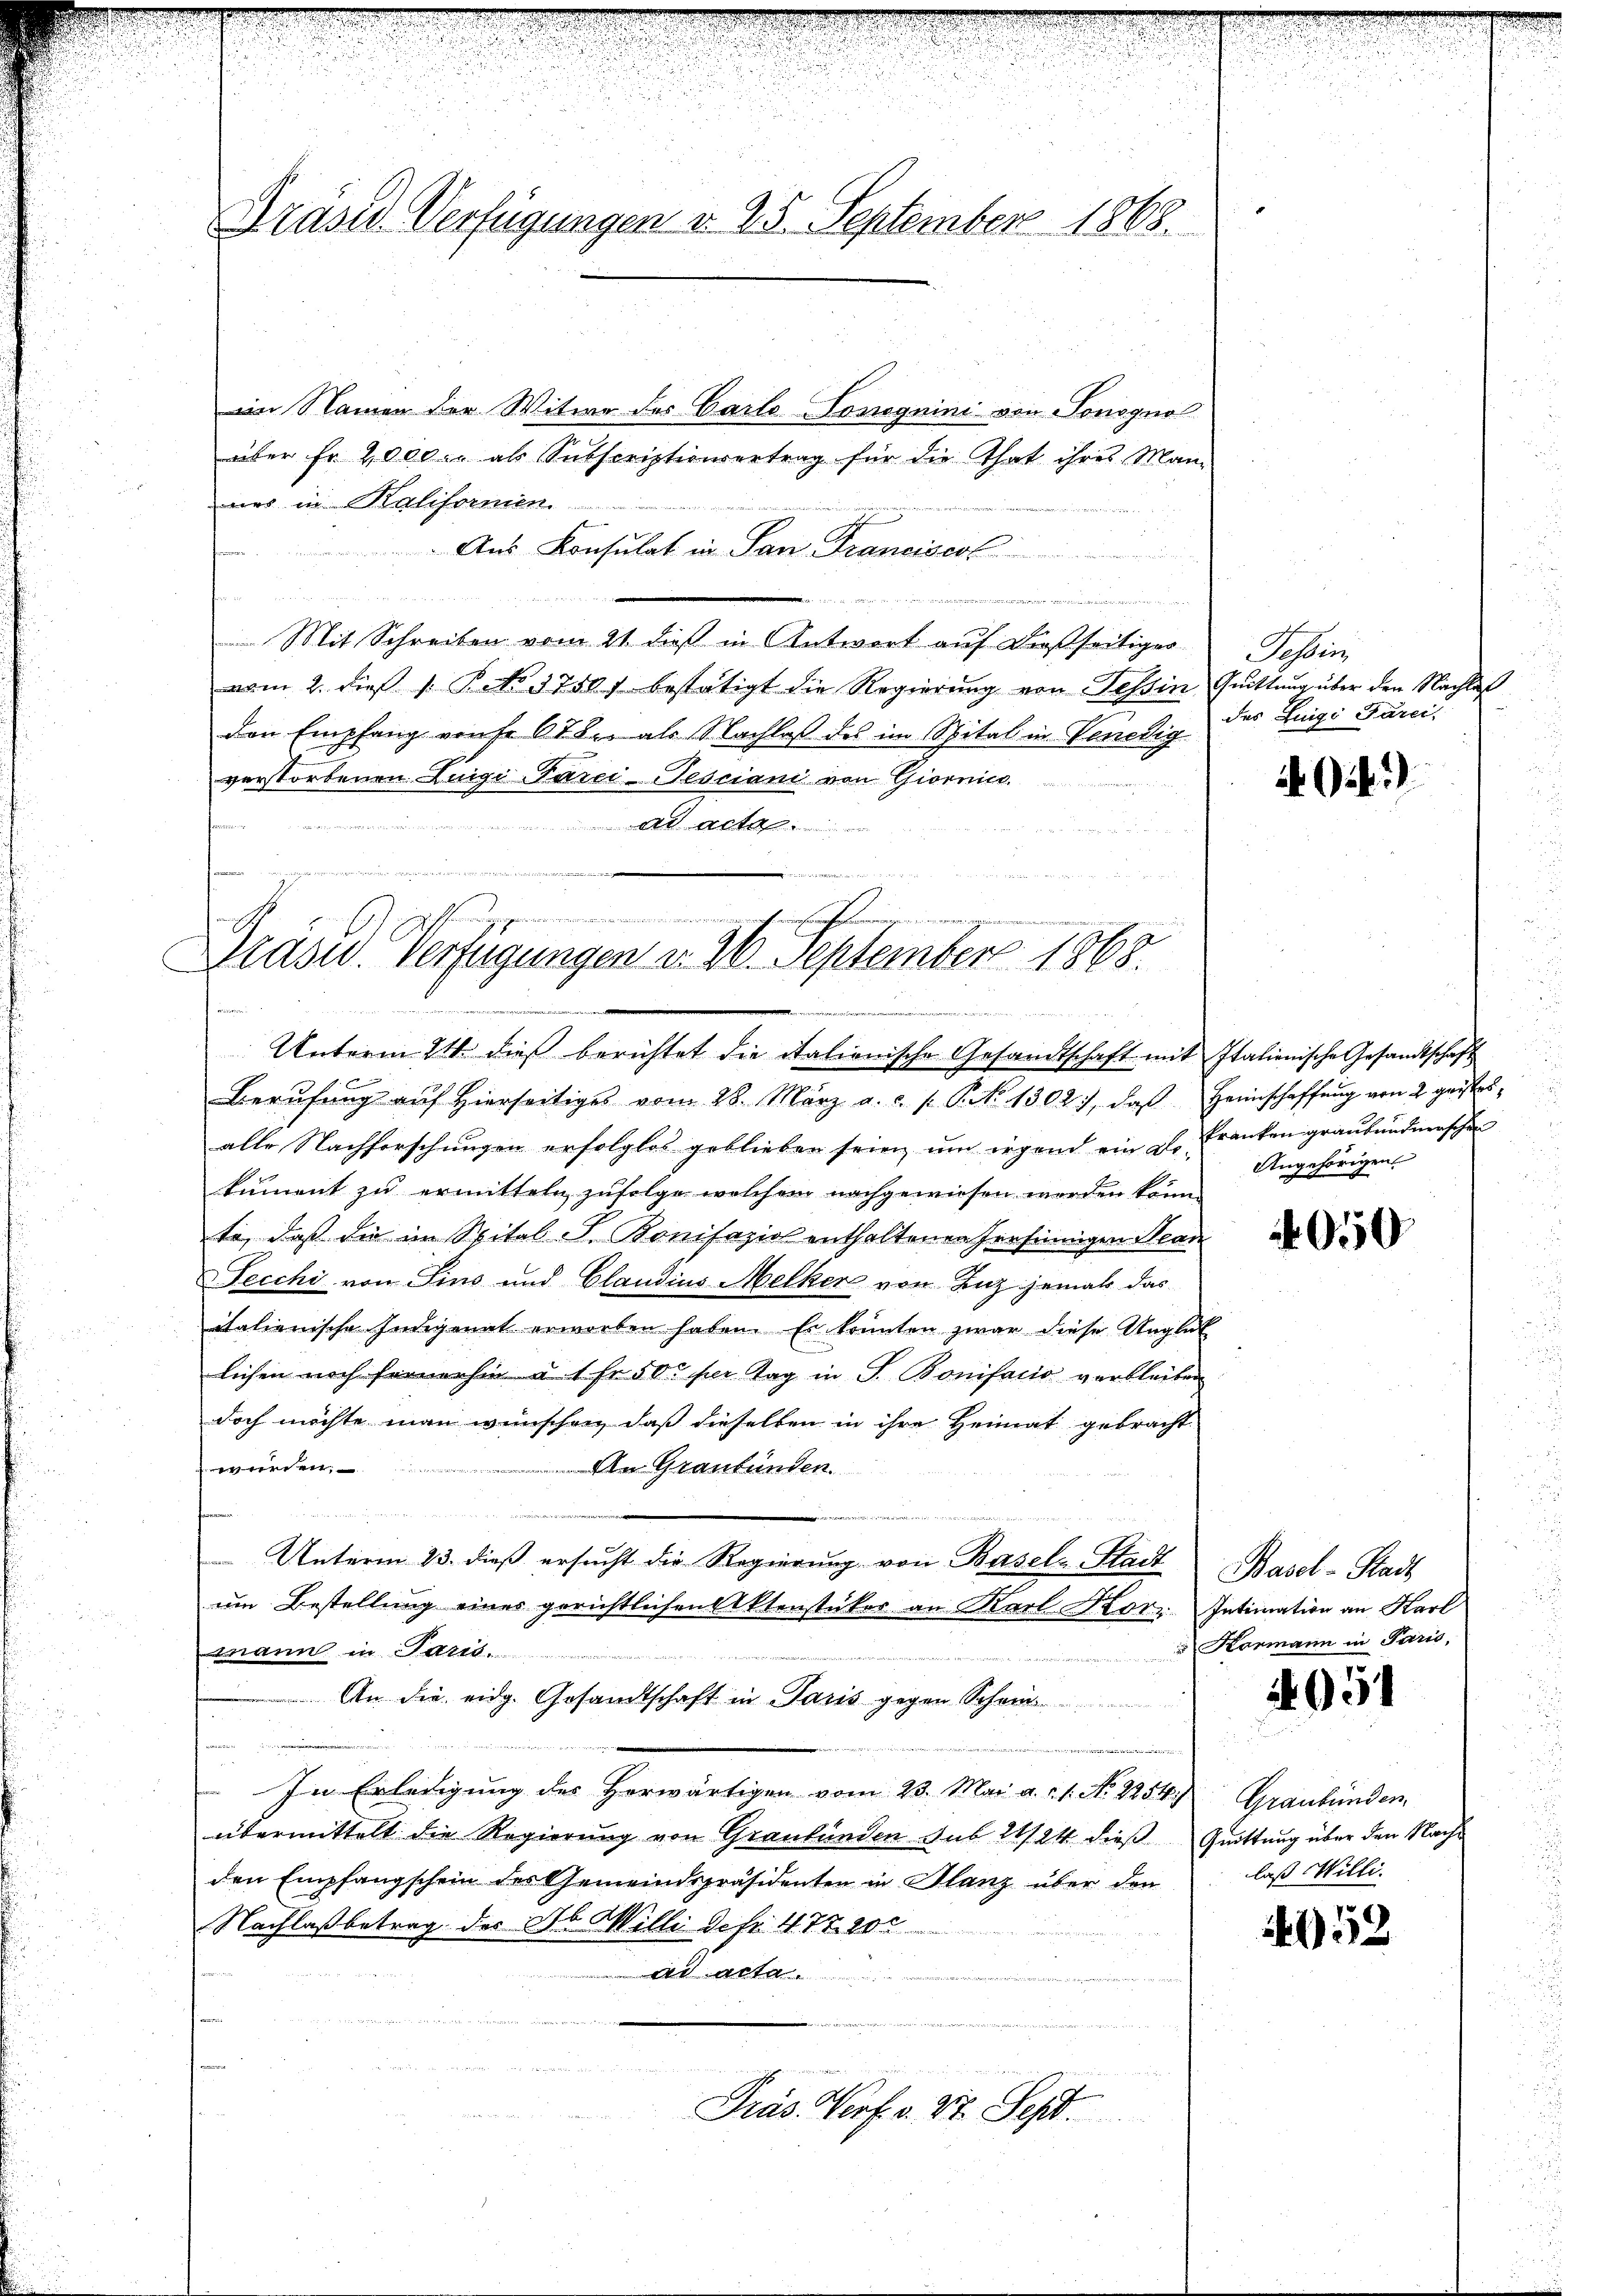
Drüser Verfügungen v. 25. September 1868.

im Namen der Witwe des Carlo-Tonoguini von Sonogno
über Fr. 2,000 c. als Subscriptionsvertrag für die That ihres Man-
nes in Kaliformen.
Aus Konsulat in San Franciscol

Mit Schreiben vom 21. dieß in Antwort auf dießseitiger
vom 2. die 1. No. 37507 bestätigt die Regierŭng von Tessin Quittung über den Nachlaf
den Empfang verhe 678. als Nachlaß des im Spital in Venedig
verstorbenen Luigi Parci-Tesciani von Giornic

Ad Acta
ises Miter
.
e
Präsid. Verfügungen v. 26. September 1868.

Unterm 24. dieß berichtet die italionische Gesandtschaft mit Italienische Gesandtschaft

Berŭfŭng aŭf hierseitiges vom 28. März a. c. p. P. N. 1302), daβ Heimschaffŭng von 2 geistes-
alle Nachforschungen erfolglos geblieben seien um irgend ein gl. Franken graubündnersche
kument zu ermitteln zufolge welchem nachgewiesen werden könn
te, daß die im Spital F. Bonifazio enthaltenen Pensinnigen Nean
Fecchi von Zins und Claudius Melker von Zuz jemals das
italienische Indigenat erworben haben. Es konnten zwar diese Unglück
lichen noch fernerhin a. 1 Fr. 50 per Tag in P. Bonifacio verbleiben
doch möchte man wünschen, daß dieselben in ihre Heimat gebracht
An Graubünden.
würden,
Unterm 23. dieß ersŭcht die Regierŭng von Basel-Stadt Basel-Stadt
um Bestellung eines gerichtlichen Aktenstücker an Karl Korz. Intimation an Karl
mann in Paris.
An die eidg. Gesandtschaft in Paris gegen Schei
In Erledigung des herwärtigen vom 23. Mai a. 1. No. 2254. Graubünden
übermittelt die Regierung von Graubünden sub 21/24 dieß Quittung über den Nachden Empfangschein des Gemeindspräsidenten in Glanz über den
Nachlaß betrag des Ab. Willi defr. 477. 200
ad acta
th
Präs. Verf. v. 27. Sept.

Tessin,
des Luigi Parei

40

Angehörigen

050

Kormann in Paris,

4951

laß Willi

152